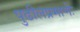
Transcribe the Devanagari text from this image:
पुढीलप्रमाणेः